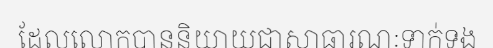
ដែលលោកបាននិយាយជាសាធារណៈទាក់ទង